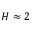
H \approx 2